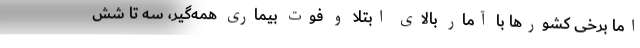
اما برخی کشورها با آمار بالای ابتلا و فوت بیماری همه‌گیر، سه تا شش